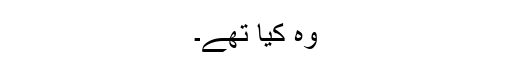
وہ کیا تھے۔